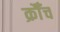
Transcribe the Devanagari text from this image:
क्रौँच